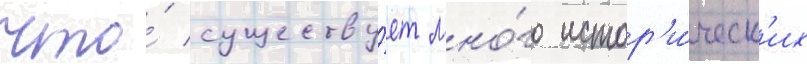
что́ существу́ет мно́го истор'и́ческ'их